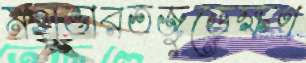
মহাভারতজুড়েক্ষণ